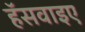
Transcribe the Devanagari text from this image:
हॅसवाइए